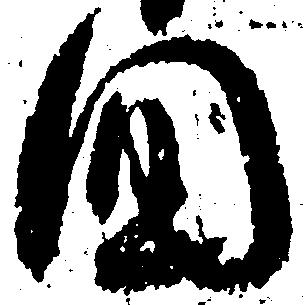
国